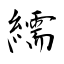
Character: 繻